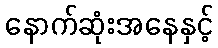
နောက်ဆုံးအနေနှင့်